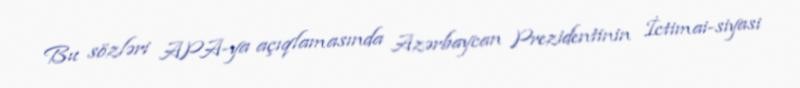
Bu sözləri APA-ya açıqlamasında Azərbaycan Prezidentinin İctimai-siyasi